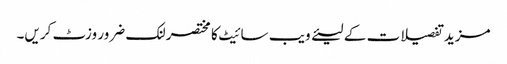
مزید تفصیلات کے لیئے ویب سائیٹ کا مختصر لنک ضرور وزٹ کریں۔